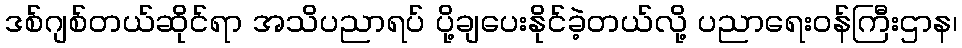
ဒစ်ဂျစ်တယ်ဆိုင်ရာ အသိပညာရပ် ပို့ချပေးနိုင်ခဲ့တယ်လို့ ပညာရေးဝန်ကြီးဌာန၊